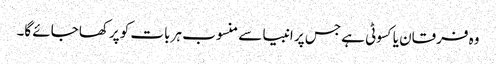
وہ فرقان یا کسوٹی ہے جس پر انبیا سے منسوب ہر بات کو پرکھا جائے گا۔